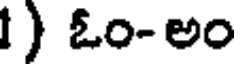
1) ఓం-అం